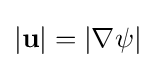
|\mathbf {u} |=|\nabla \psi |